Indian Civil Veterinary Department memoirs
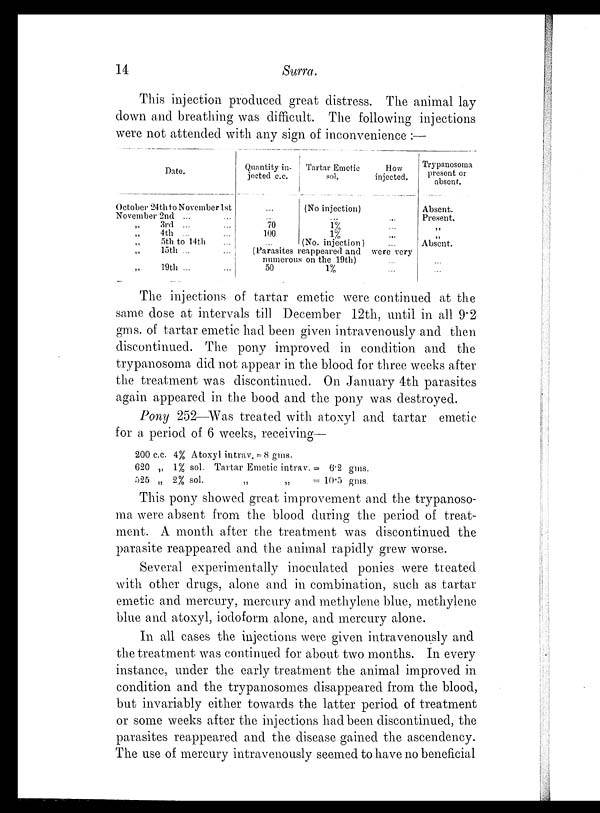
14
Surra.
This injection produced great distress. The animal lay
down and breathing was difficult. The following injections
were not attended with any sign of inconvenience :—
Date.
October 24th to November 1st
November 2nd ... ...
„ 3rd ... ...
„ 4th ... ...
„ 5th to 14th ...
„ 15th ... ...
„
19th ...
...
Quantity in-
jected c.c.
...
...
70
100
...
Tartar Emetic
sol.
(No injection)
...
1%
1%
(No. injection)
(Parasites reappeared and
numerous on the 19th)
50
1%
How
injected.
...
...
...
...
were very
...
...
Trypanosoma
present or
absent.
Absent.
Present.
„
„
Absent.
...
...
The injections of tartar emetic were continued at the
same dose at intervals till December 12th, until in all 9.2
gms. of tartar emetic had been given intravenously and then
discontinued. The pony improved in condition and the
trypanosoma did not appear in the blood for three weeks after
the treatment was discontinued. On January 4th parasites
again appeared in the bood and the pony was destroyed.
Pony 252—Was treated with atoxyl and tartar emetic
for a period of 6 weeks, receiving—
200
620
525
c.c.
„
„
4% Atoxyl intrav. = 8 gms.
1% sol.
2% sol.
Tartar Emetic intrav. = 6.2 gms.
„
„
= 10.5 gms.
This pony showed great improvement and the trypanoso-
ma were absent from the blood during the period of treat-
ment. A month after the treatment was discontinued the
parasite reappeared and the animal rapidly grew worse.
Several experimentally inoculated ponies were treated
with other drugs, alone and in combination, such as tartar
emetic and mercury, mercury and methylene blue, methylene
blue and atoxyl, iodoform alone, and mercury alone.
In all cases the injections were given intravenously and
the treatment was continued for about two months. In every
instance, under the early treatment the animal improved in
condition and the trypanosomes disappeared from the blood,
but invariably either towards the latter period of treatment
or some weeks after the injections had been discontinued, the
parasites reappeared and the disease gained the ascendency.
The use of mercury intravenously seemed to have no beneficial